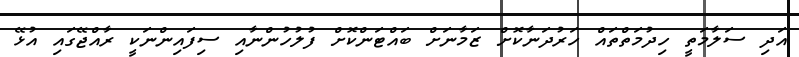
އަދި ސަލާމަތީ ހިދުމަތްތައް ހަރުދަނާކޮށް ޒަމާނަށް ބައްޓަންކޮށް ފުލުހުންނާއި ސިފައިންނަކީ ރާއްޖޭގައި އުޅޭ